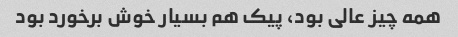
همه چیز عالی بود، پیک هم بسیار خوش برخورد بود